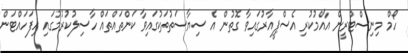
ހޯމް މިނިސްޓްރީން އާއްމުކުރި އެސްޕީއާރުގައިވާ ގޮތުން އެ ސިޔާސަތުތަކުގައިވާ ކަންތައްތައް ހާސިލުކުރުމުގައި ހިފަހައްޓަން